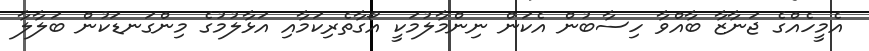
އެމީހެއްގެ ޖަނާޒާ ބާއްވާ ހިސާބުން އެކަން ނިންމާލުމަކީ އޯގާތެރިކަމާއި އަޅާލުމުގެ މިންގަނޑަކުން ބަލާލާ